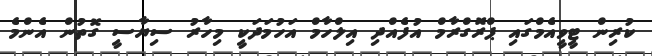
ކުރިން ޓީވީއެމްގައި ޕްރޮގްރާމް އުފެއްދި އިލްހާމް އަހުމަދަކީ މިހާރު ސިޔާސީ ގޮތުން އެންމެ